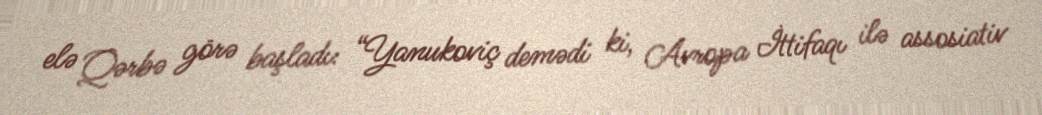
elə Qərbə görə başladı: “Yanukoviç demədi ki, Avropa İttifaqı ilə assosiativ